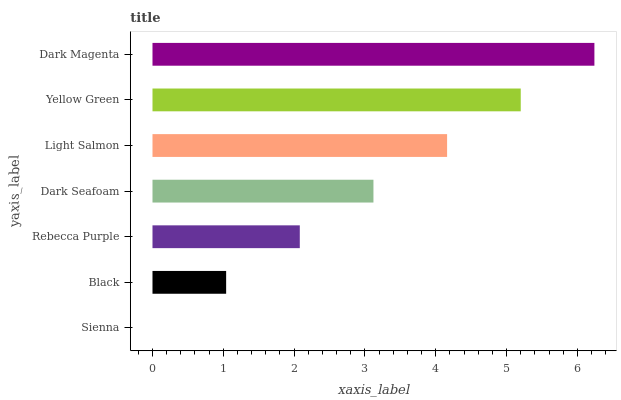
| yaxis_label | bars |
 | --- | --- |
 | Sienna | 0 |
 | Black | 1.04 |
 | Rebecca Purple | 2.08 |
 | Dark Seafoam | 3.12 |
 | Light Salmon | 4.16 |
 | Yellow Green | 5.2 |
 | Dark Magenta | 6.24 |